Lunatic asylums Punjab 1881-1894 - 1881-1894
Year: 1881
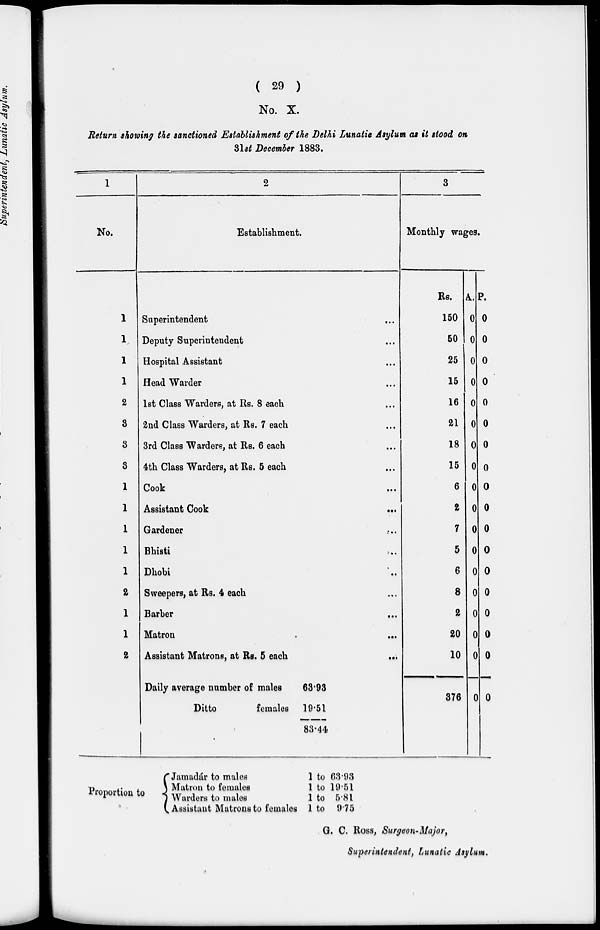
( 29 )
No. X.
Return showing the sanctioned Establishment of the Delhi Lunatic Asylum as it stood on
31st December 1883.
1
No.
1
1
1
1
2
3
3
3
1
1
1
1
1
2
1
1
2
2
Establishment.
Superintendent
...
Deputy Superintendent ...
Hospital Assistant ...
Head Warder ...
1st Class Warders, at Rs. 8 each ...
2nd Class Warders, at Rs. 7 each ...
3rd Class Warders, at Rs. 6 each ...
4th Class Warders, at Rs. 5 each ...
Cook ...
Assistant Cook
...
Gardener
...
Bhisti ...
Dhobi ...
Sweepers, at Rs. 4 each ...
Barber ...
Matron
...
Assistant Matrons, at Rs. 5 each
...
Daily average number of males
63.93
Ditto
females 19.51
83.44
3
Monthly wages.
Rs.
150
50
25
15
16
21
18
15
6
2
7
5
6
8
2
20
10
376
A.
0
0
0
0
0
0
0
0
0
0
0
0
0
0
0
0
0
0
p.
0
0
0
0
0
0
0
0
0
0
0
0
0
0
0
0
0
0
Proportion to
Jamadár to males
Matron to females
Warders to males
Assistant Matrons to females
1
1
1
1
to
to
to
to
63.93
19.51
5.81
9.75
G. C. Ross, Surgeon-Major,
Superintendent, Lunatic Asylum.